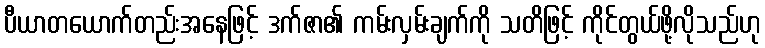
ပီယာတယောက်တည်းအနေဖြင့် ဒက်ဇာ၏ ကမ်းလှမ်းချက်ကို သတိဖြင့် ကိုင်တွယ်ဖို့လိုသည်ဟု